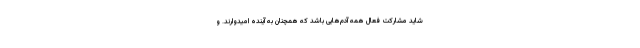
شاید مشارکت فعال همه آدم‌هایی باشد که همچنان به آینده امیدوارند. و